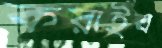
করাইব